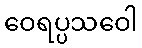
ဝေရပ္ပသဝေါ